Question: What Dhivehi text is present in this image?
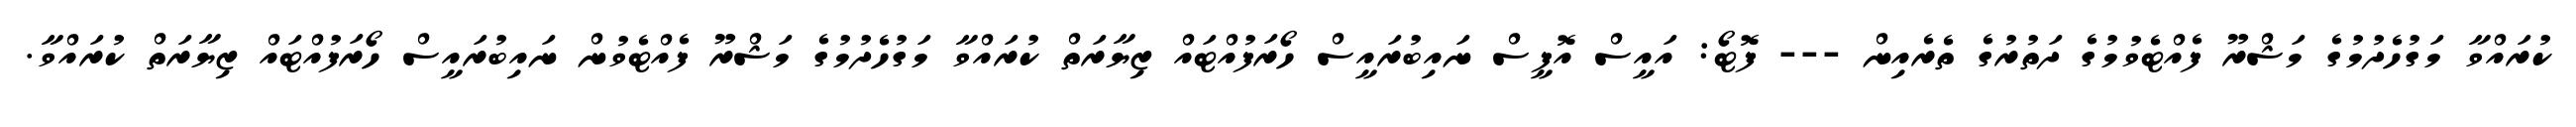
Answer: ކުރައްވާ މަގުހެދުމުގެ މަޝްރޫ ފެއްޓެވުމުގެ ދަތުރުގެ ތެރެއިން --- ފޮޓޯ: އައީސް އޮފީސް ނައިބުރައީސް ހޯރަފުއްޓައް ޒިޔާރަތް ކުރައްވާ މަގުހެދުމުގެ މަޝްރޫ ފެއްޓެވުން ނައިބުރައީސް ހޯރަފުއްޓައް ޒިޔާރަތް ކުރައްވާ.